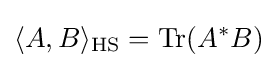
\langle A,B\rangle _{\text{HS}}=\operatorname {Tr} (A^{*}B)